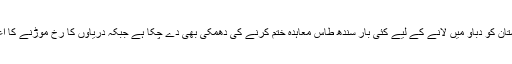
دوسری جانب بھارت پاکستان کو دباؤ میں لانے کے لیے کئی بار سندھ طاس معاہدہ ختم کرنے کی دھمکی بھی دے چکا ہے جبکہ دریاؤں کا رخ موڑنے کا اعلان بھی کرتا نظر آتا ہے۔